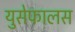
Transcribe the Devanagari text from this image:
युसेफालस